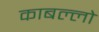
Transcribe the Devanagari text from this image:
काबल्लो